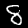
Label: 8